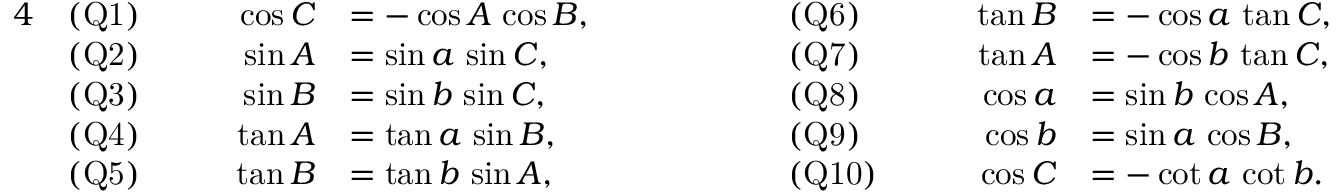
{ \begin{array} { r l r l r l r l } { { 4 } } & { { \mathrm { ( Q 1 ) } } } & { \qquad \cos C } & { = - \cos A \, \cos B , } & { \qquad \qquad } & { { \mathrm { ( Q 6 ) } } } & { \qquad \tan B } & { = - \cos a \, \tan C , } \\ & { { \mathrm { ( Q 2 ) } } } & { \sin A } & { = \sin a \, \sin C , } & & { { \mathrm { ( Q 7 ) } } } & { \tan A } & { = - \cos b \, \tan C , } \\ & { { \mathrm { ( Q 3 ) } } } & { \sin B } & { = \sin b \, \sin C , } & & { { \mathrm { ( Q 8 ) } } } & { \cos a } & { = \sin b \, \cos A , } \\ & { { \mathrm { ( Q 4 ) } } } & { \tan A } & { = \tan a \, \sin B , } & & { { \mathrm { ( Q 9 ) } } } & { \cos b } & { = \sin a \, \cos B , } \\ & { { \mathrm { ( Q 5 ) } } } & { \tan B } & { = \tan b \, \sin A , } & & { { \mathrm { ( Q 1 0 ) } } } & { \cos C } & { = - \cot a \, \cot b . } \end{array} }